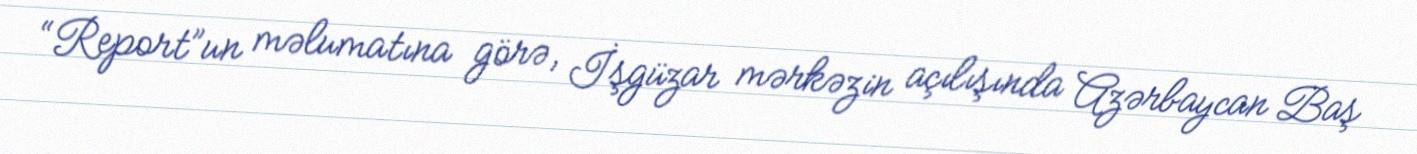
“Report”un məlumatına görə, İşgüzar mərkəzin açılışında Azərbaycan Baş